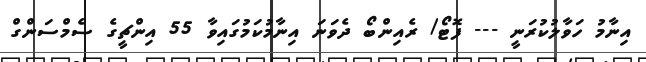
އިނާމު ހަވާލުކުރަނީ --- ފޮޓޯ/ ރެއިންބޯ ދެވަނަ އިނާމުކަމުގައިވާ 55 އިންޗީގެ ސެމްސަންގް